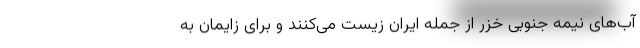
آب‌های نیمه جنوبی خزر از جمله ایران زیست می‌کنند و برای زایمان به